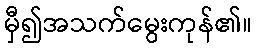
မှီ၍အသက်မွေးကုန်၏။